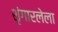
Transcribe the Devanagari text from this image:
शृंगारलेला